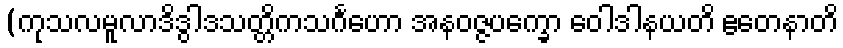
(ကုသလမူလာဒိဒွါဒသတ္တိကသင်္ဂဟော အနဝဇ္ဇပက္ခော ဝေါဒါနယတိ ဧတေနာတိ